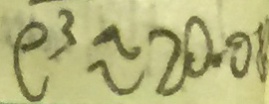
e ^ { 3 } \approx 2 0 . 0 1